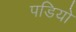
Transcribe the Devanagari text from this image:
पडियो